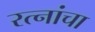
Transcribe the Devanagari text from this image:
रत्नांचा